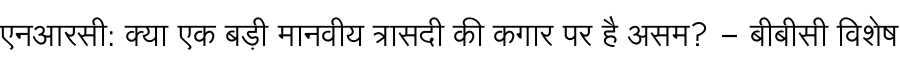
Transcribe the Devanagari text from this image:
एनआरसी: क्या एक बड़ी मानवीय त्रासदी की कगार पर है असम? - बीबीसी विशेष